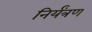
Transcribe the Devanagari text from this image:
निर्यंत्रण